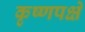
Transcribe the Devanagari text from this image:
कृष्णपक्षे